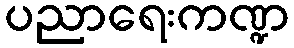
ပညာရေးကဏ္ဍ